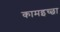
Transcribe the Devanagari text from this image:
कामइच्‍छा